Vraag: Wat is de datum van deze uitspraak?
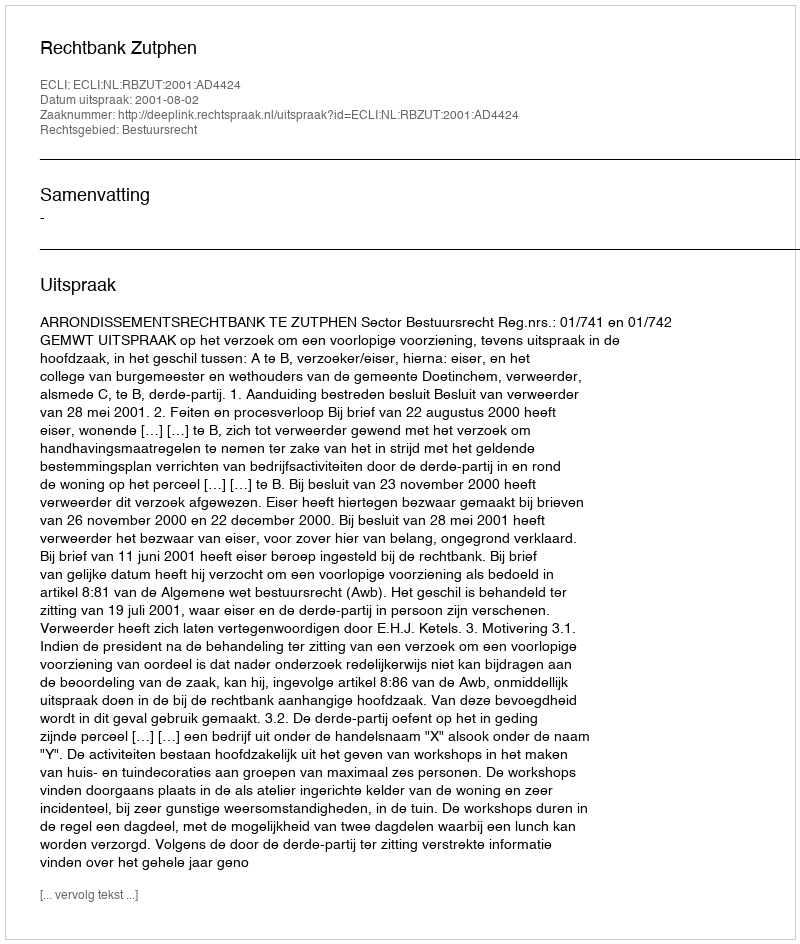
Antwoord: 2001-08-02